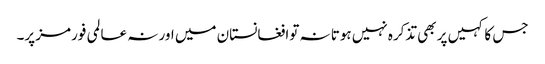
جس کا کہیں پر بھی تذکرہ نہیں ہوتا نہ توافغانستان میں اور نہ عالمی فورمز پر۔